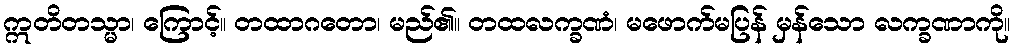
ဣတိတသ္မာ၊ ကြောင့်။ တထာဂတော၊ မည်၏။ တထလက္ခဏံ၊ မဖောက်မပြန် မှန်သော လက္ခဏာကို။